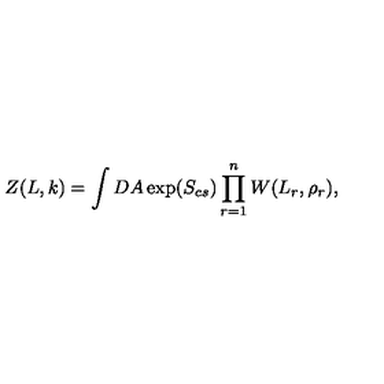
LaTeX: Z ( L , k ) = \int D A \exp ( S _ { c s } ) \prod _ { r = 1 } ^ { n } W ( L _ { r } , \rho _ { r } ) ,